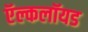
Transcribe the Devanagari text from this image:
ऍल्कलॉयड